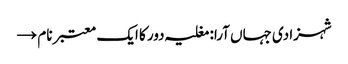
شہزادی جہاں آرا: مغلیہ دور کا ایک معتبر نام →